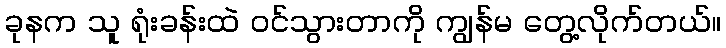
ခုနက သူ ရုံးခန်းထဲ ဝင်သွားတာကို ကျွန်မ တွေ့လိုက်တယ်။